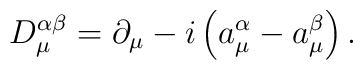
D_\mu^{\alpha\beta}=\partial_\mu-i\left(a^\alpha_\mu-a^\beta_\mu\right).